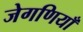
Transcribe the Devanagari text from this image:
जेगणियाँ